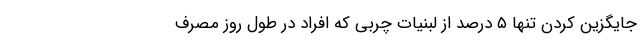
جایگزین کردن تنها ۵ درصد از لبنیات چربی که افراد در طول روز مصرف